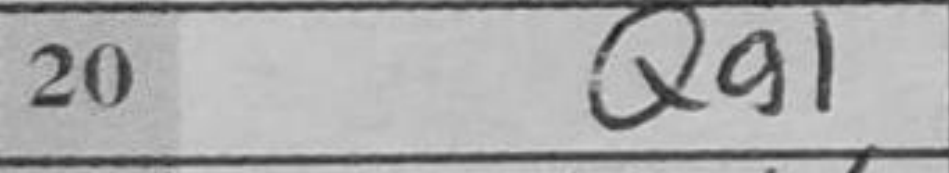
Transcription: Qg1